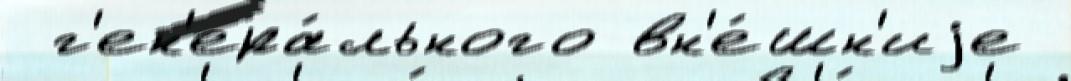
 г'ен'ера́льного вн'е́шн'иjе